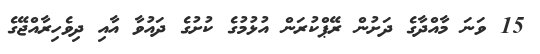
15 ވަނަ މާއްދާގެ ދަށުން ރޭޕްކުރަން އުޅުމުގެ ކުށުގެ ދައުވާ އާއި ދިވެހިރާއްޖޭގެ